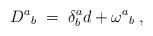
LaTeX: \begin{align*}D^{a}{}_{b}\; =\; \delta ^{a}_{b}d+\omega ^{a}{}_{b}\; ,\end{align*}